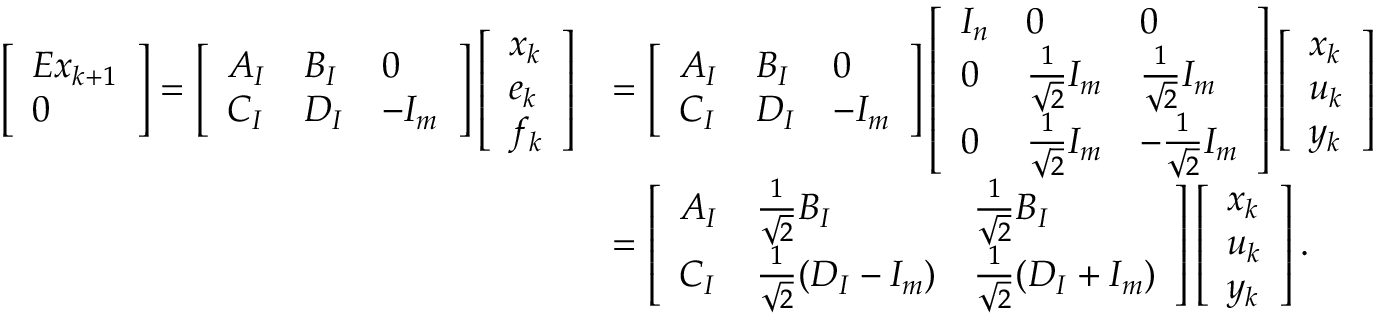
\begin{array} { r l } { \left[ \begin{array} { l } { E x _ { k + 1 } } \\ { 0 } \end{array} \right] = \left[ \begin{array} { l l l } { A _ { I } } & { B _ { I } } & { 0 } \\ { C _ { I } } & { D _ { I } } & { - I _ { m } } \end{array} \right] \left[ \begin{array} { l } { x _ { k } } \\ { e _ { k } } \\ { f _ { k } } \end{array} \right] } & { = \left[ \begin{array} { l l l } { A _ { I } } & { B _ { I } } & { 0 } \\ { C _ { I } } & { D _ { I } } & { - I _ { m } } \end{array} \right] \left[ \begin{array} { l l l } { I _ { n } } & { 0 } & { 0 } \\ { 0 } & { \frac { 1 } { \sqrt { 2 } } I _ { m } } & { \frac { 1 } { \sqrt { 2 } } I _ { m } } \\ { 0 } & { \frac { 1 } { \sqrt { 2 } } I _ { m } } & { - \frac { 1 } { \sqrt { 2 } } I _ { m } } \end{array} \right] \left[ \begin{array} { l } { x _ { k } } \\ { u _ { k } } \\ { y _ { k } } \end{array} \right] } \\ & { = \left[ \begin{array} { l l l } { A _ { I } } & { \frac { 1 } { \sqrt { 2 } } B _ { I } } & { \frac { 1 } { \sqrt { 2 } } B _ { I } } \\ { C _ { I } } & { \frac { 1 } { \sqrt { 2 } } ( D _ { I } - I _ { m } ) } & { \frac { 1 } { \sqrt { 2 } } ( D _ { I } + I _ { m } ) } \end{array} \right] \left[ \begin{array} { l } { x _ { k } } \\ { u _ { k } } \\ { y _ { k } } \end{array} \right] . } \end{array}